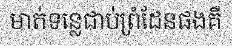
មាត់ទន្លេជាប់ព្រំដែនផងគឺ